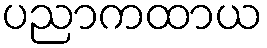
ပညာကထာယ